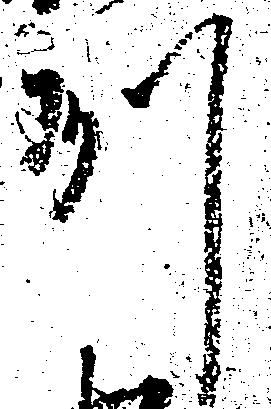
州